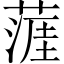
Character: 𦹹